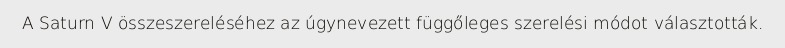
A Saturn V összeszereléséhez az úgynevezett függőleges szerelési módot választották.